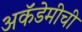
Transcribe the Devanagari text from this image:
अकॅडेमीची